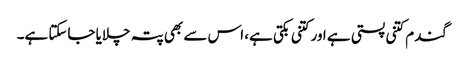
گندم کتنی پستی ہے اور کتنی بکتی ہے، اس سے بھی پتہ چلایا جاسکتا ہے۔